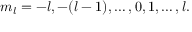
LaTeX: m _ { l } = - l , - ( l - 1 ) , \ldots , 0 , 1 , \ldots , l .